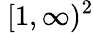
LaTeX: ~[1,\infty)^{2}